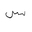
Letter: _sin